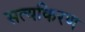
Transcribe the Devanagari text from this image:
सत्यकिरण